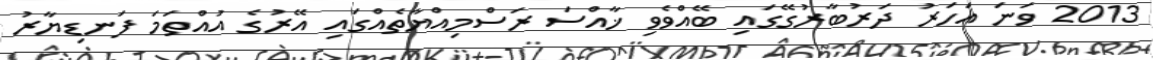
2013 ވަނަ އަހަރު ދަރުބާރުގޭގައި ބޭއްވެވި ޚާއްސަ ރަސްމިއްޔާތެއްގައި އޭރުގެ އުއްތަމަ ފަނޑިޔާރު